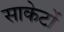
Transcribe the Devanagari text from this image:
साकेटों